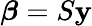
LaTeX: {\boldsymbol{\beta}}=S\mathbf{y}